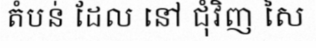
តំបន់ ដែល នៅ ជុំវិញ សៃ